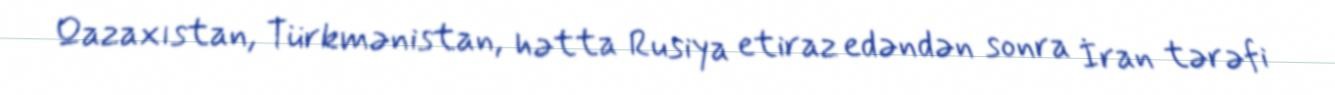
Qazaxıstan, Türkmənistan, hətta Rusiya etiraz edəndən sonra İran tərəfi